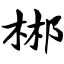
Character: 郴